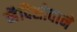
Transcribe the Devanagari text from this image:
व्हैदिसोवाने